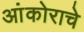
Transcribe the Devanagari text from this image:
आंकोराचे